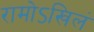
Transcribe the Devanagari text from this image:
रामोऽखिलं